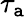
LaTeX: \tau_{\mathtt{a}}